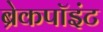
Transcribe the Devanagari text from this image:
ब्रेकपॉइंट